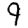
Digit: 9